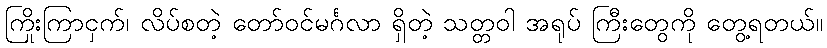
ကြိုးကြာငှက်၊ လိပ်စတဲ့ တော်ဝင်မင်္ဂလာ ရှိတဲ့ သတ္တဝါ အရုပ် ကြီးတွေကို တွေ့ရတယ်။